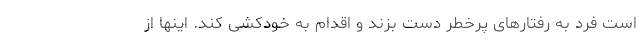
است فرد به رفتارهای پرخطر دست بزند و اقدام به خودکشی کند. اینها از